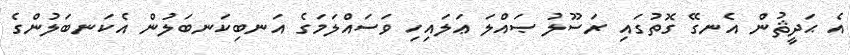
އެ ޙަދީޘުން އެނގޭ ގޮތުގައި ރަސޫލު ޞައްލަ ޢަލައިހި ވަސައްލަމަގެ އަނބިކަނބަލުން އެކަނބަލުންގެ